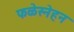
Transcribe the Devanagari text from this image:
फळेस्नेहन